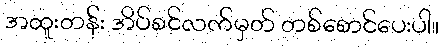
အထူးတန်း အိပ်စင်လက်မှတ် တစ်စောင်ပေးပါ။